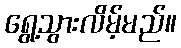
ရွေ့သွားလိမ့်မည်။